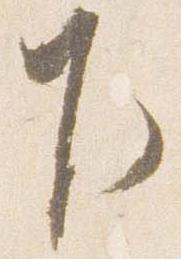
下